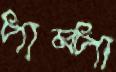
পাম্পা